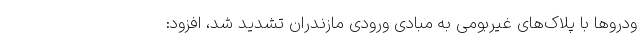
ودرو‌ها با پلاک‌های غیربومی به مبادی ورودی مازندران تشدید شد، افزود: